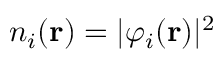
n _ { i } ( \mathbf { r } ) = \vert \varphi _ { i } ( \mathbf { r } ) \vert ^ { 2 }